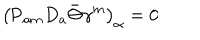
LaTeX: \left( \mathrm { P } _ { a m } D _ { a } \bar { \Theta } \gamma ^ { m } \right) _ { \alpha } = 0